Report on malaria in the Punjab during the year ...  together with an account of the work of the Punjab Malaria Bureau - Volume 6
Disease focus: Malaria
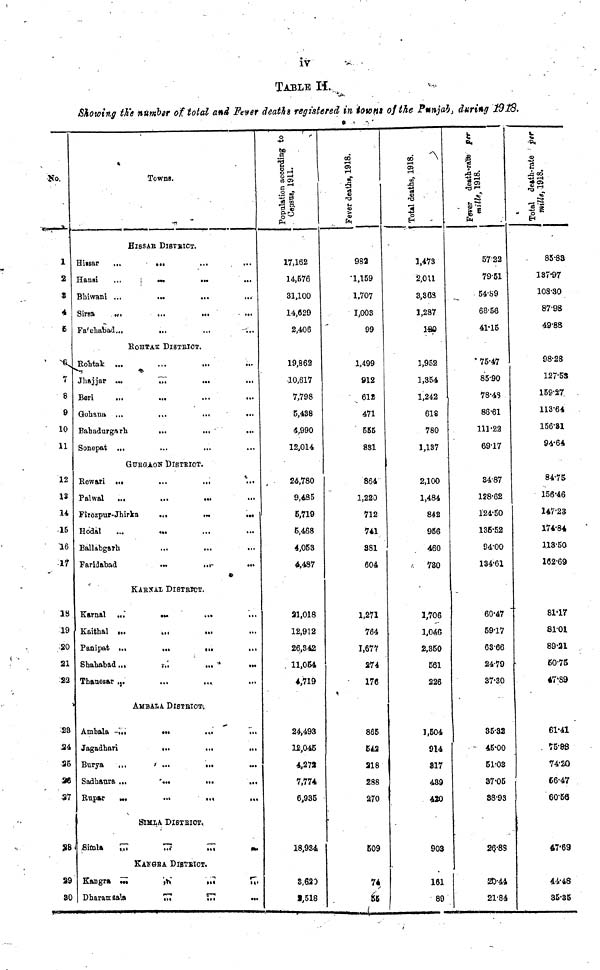
iv
TABLE H.
Showing the number of total and Fever deaths registered in towns of the Punjab, during 1918.
No.
1
2
3
4
6
6.
7
8
9
10
11
12
13.
14
15
16
17
18
19
•80
21
23
28
24
25
26
27
SB
29
30
Hissar
Hansi
Bhiwani
Sirsa
Towns.
HISSAR DISTRICT.
... ...
...
... ...
...
Fatehabad...
Rohtak
Jhajjar
Beri
Gohana
• a
...
...
...
...
...
...
...
...
...
ROHTAK DlSTRlCT.
...
...
...
Bahadurgarh
Sonepat
Rewari
Palwal
...
—
...
...
...
...
...
...
...
GURGAON DISTRICT.
...
...
Firozpur-Jhirka
Hodal
Ballabga
Faridaba
Karnal
Kaithal
Panipat
...
...
i..
...
...
...
...
...
...
...
...
...
...
KARNAL DISTRICT.
...
...
...
Shababad...
Thaaesai
Ambala
Jagadha
Burya
Sadhaur
Rupar
Simla
Kangra
...
AMBAL
a ...
...
...
...
...
...
...
A DlSTRICT
...
...
...
...
...
...
...
...
...
...
...
...
SlMLA DISTRICT.
KANGRA
...
Dharamsala
...
DlSTRICT
...
...
...
...
...
...
...
...
...
...
...
...
...
...
...
...
...
...
...
...
...
...
...
...
...
...
...
...
...
...
...
...
17,162
14,576
81,100
14,629
2,406
19,862
10,617
7,798
5,488
4,990
12,014
24,780
9,485
5,719
5,468
4,053
4,487
21,018
12,912
26,342
11,054
4,719
24,493
12,045
4,272
7,774
6,935
18,934
3,620
2,518
982
•1,159
1,707
1,003
99
1,499
912
612
471
555
881
864
1,220
712
741
381
604
1,271
764
1,677
274
176
865
542
218
288
270
•
509
55
Total
deaths, 1918.
1,473
2,011
3,368
1,287
120
1,952
1,354
1,242
618
780
1,137
2,100
1,484
842
956
460
730
1,706
1,046
2,350
561
226
1,504
914
817
439
430
903
161
89
5722
79.51
54.89
68.58
41.15
75.47
85.50
78.48
86.61
111.22
69.17
34.87
128.62
124-50
135.52
94.00
134.61
60.47
59.17
63.66
24.79
37-30
35.32
45.00
51.03
37.05
38.98
26.88
20.44
21.84
85.83
137.97.
108.30
87.98
49.88
98.28
127.53
159.27
113.64
156.31
94.64
84.75
156.46
147.23
174.84
113.50
162.69
81.17
81.01
89.21
50.75
47.89
61.41
75.88
74.20
66.47
60.56
47.69
44.48
35.35